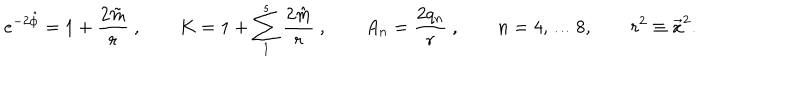
LaTeX: e ^ { - 2 \hat { \phi } } = 1 + { \frac { 2 \tilde { m } } { r } } \ , \qquad K = 1 + \sum _ { 1 } ^ { s } { \frac { 2 \hat { m } } { r } } \ , \qquad A _ { n } = { \frac { 2 q _ { n } } { r } } \ , \qquad n = 4 , \dots 8 , \qquad r ^ { 2 } \equiv \vec { x } ^ { 2 } .